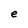
Character: e